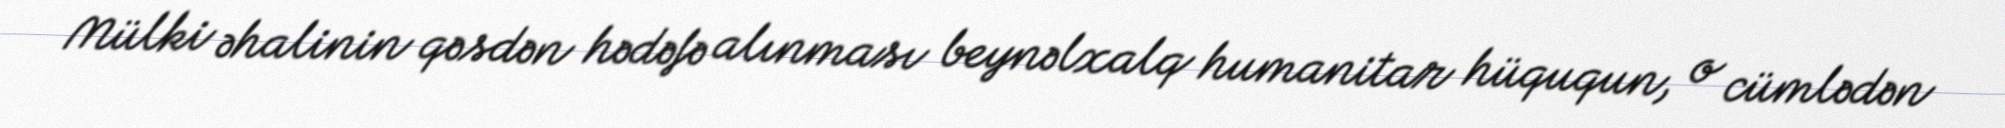
Mülki əhalinin qəsdən hədəfə alınması beynəlxalq humanitar hüququn, o cümlədən